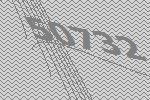
50732